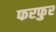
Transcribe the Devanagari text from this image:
फरफुर